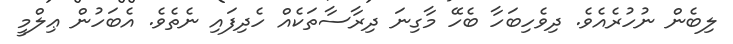
ލިބެން ނުހުރެއެވެ. ދިވެހިބަހާ ބެހޭ މާގިނަ ދިރާސާތަކެއް ހެދިފައި ނެތެވެ. އެބަހުން ޢިލްމީ